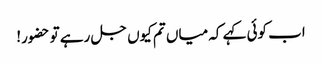
اب کوئی کہے کہ میاں تم کیوں جل رہے تو حضور!